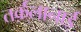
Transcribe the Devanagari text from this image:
तर्क़्लानाई